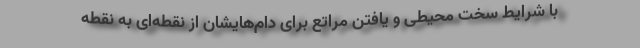
با شرایط سخت محیطی و یافتن مراتع برای دام‌هایشان از نقطه‌ای به نقطه